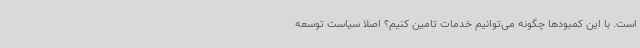
است. با این کمبودها چگونه می‌توانیم خدمات تامین کنیم؟ اصلا سیاست توسعه